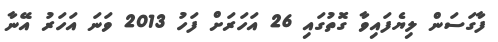
ފާގަސަން ލިޔެފައިވާ ގޮތުގައި 26 އަހަރަށް ފަހު 2013 ވަނަ އަހަރު އޭނާ